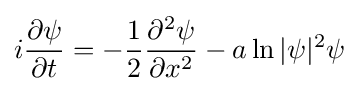
i{\partial \psi  \over \partial t}=-{\frac {1}{2}}{\frac {\partial ^{2}\psi }{\partial x^{2}}}-a\ln |\psi |^{2}\psi